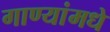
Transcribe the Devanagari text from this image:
गाण्यांमधे